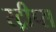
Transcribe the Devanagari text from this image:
स्ट्रीप्स